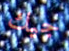
جيك